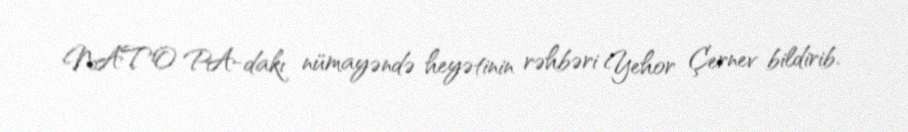
NATO PA-dakı nümayəndə heyətinin rəhbəri Yehor Çernev bildirib.